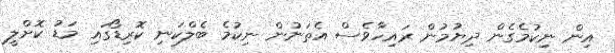
އިން ނިކުމެގެން ދިޔުމުން ރައިހާވެސް އެތަނުން ނިކުމެ ބެލްކަނި ކޮރިޑޯގައި މަޑު ކޮށްލީ